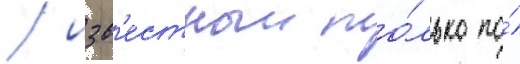
/ изв'естныи то́лько по́